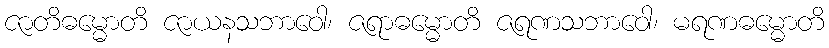
ဇာတိဓမ္မောတိ ဇာယနသဘာဝေါ၊ ဇရာဓမ္မောတိ ဇရဏသဘာဝေါ၊ မရဏဓမ္မောတိ